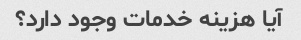
آیا هزینه خدمات وجود دارد؟